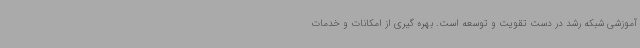
آموزشی شبکه رشد در دست تقویت و توسعه است. بهره گیری از امکانات و خدمات